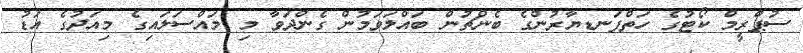
ސުޕްރީމް ކޯޓުގެ ހަތްފަނޑޔާރުންގެ ބެންޗުން ބައްލަވަމުން ގެންދަވާ މި މައްސަލައިގެ މިއަދުގެ އަޑު